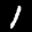
Label: 1